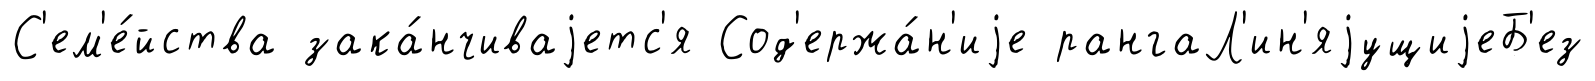
С'ем'е́йства зака́нчиваjетс'я Сод'ержа́н'иjе рангаЛ'ин'яjущиjеБ'ез